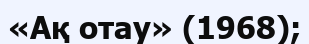
«Ақ отау» (1968);